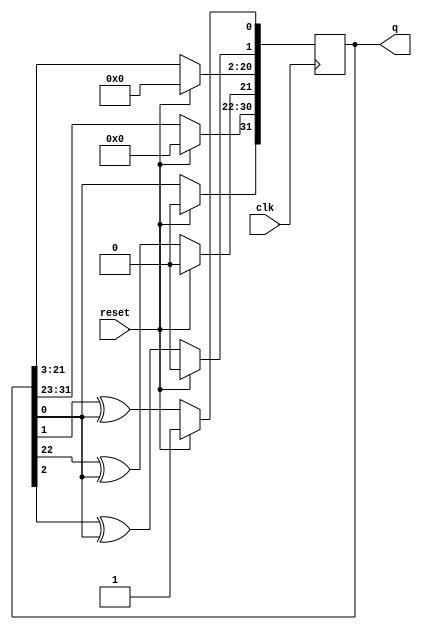
module top_module(
    input clk,
    input reset,    // Active-high synchronous reset to 32'h1
    output [31:0] q
); 
wire w1,w2,w3,w4;
    assign w1 = q[0];
    assign w2 = q[22]^q[0];
    assign w3 = q[2]^q[0];
    assign w4 = q[1]^q[0];
    
always @(posedge clk) begin
        if (reset) q <=1;
    else begin q[31] <= w1;
        q[30:22] <= q[31:23];
        q[21] <= w2;
        q[20:2] <= q[21:3];
        q[1] <= w3;
        q[0] <= w4;
    end
end
        
endmodule